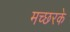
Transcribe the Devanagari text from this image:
मच्छरके